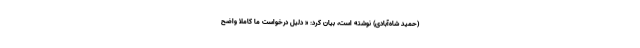
(حمید شاه‌آبادی) نوشته است، بیان کرد: « دلیل درخواست ما کاملا واضح